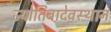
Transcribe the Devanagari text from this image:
ज्योतिबादेवस्थान